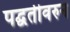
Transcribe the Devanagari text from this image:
पद्घतीवरुन